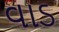
વાડ